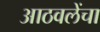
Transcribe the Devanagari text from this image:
आठवलेंचा